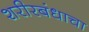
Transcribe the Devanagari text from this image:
शरीरबंधाचा